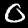
Label: 0